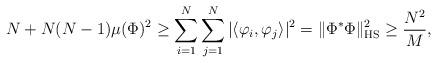
LaTeX: \begin{align*}N+N(N-1)\mu(\Phi)^2\geq\sum_{i=1}^N\sum_{j=1}^N|\langle\varphi_i,\varphi_j\rangle|^2=\|\Phi^*\Phi\|_\mathrm{HS}^2\geq\frac{N^2}{M},\end{align*}